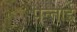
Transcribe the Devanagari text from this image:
पन्ताई